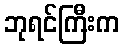
ဘုရင်ကြီးက